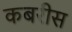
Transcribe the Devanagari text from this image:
कबरीस